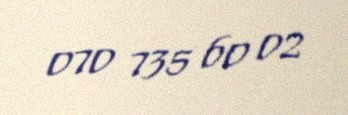
070 735 60 02